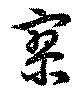
寥